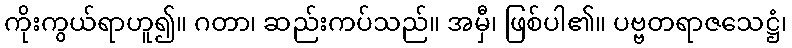
ကိုးကွယ်ရာဟူ၍။ ဂတာ၊ ဆည်းကပ်သည်။ အမှီ၊ ဖြစ်ပါ၏။ ပဗ္ဗတရာဇသေဋ္ဌံ၊